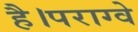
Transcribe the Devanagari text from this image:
है।पराग्वे